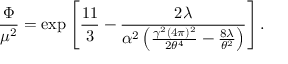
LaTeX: \frac { \Phi } { \mu ^ { 2 } } = \exp \left[ \frac { 1 1 } { 3 } - \frac { 2 \lambda } { \alpha ^ { 2 } \left( \frac { \gamma ^ { 2 } ( 4 \pi ) ^ { 2 } } { 2 \theta ^ { 4 } } - \frac { 8 \lambda } { \theta ^ { 2 } } \right) } \right] .